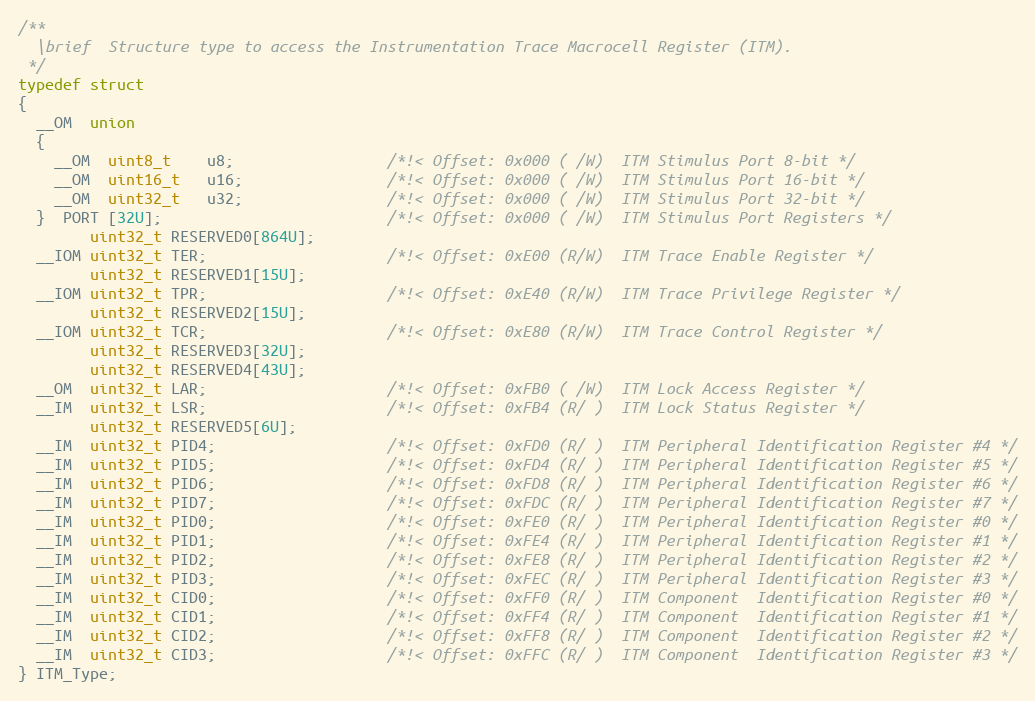
Language: C
/**
  \brief  Structure type to access the Instrumentation Trace Macrocell Register (ITM).
 */
typedef struct
{
  __OM  union
  {
    __OM  uint8_t    u8;                 /*!< Offset: 0x000 ( /W)  ITM Stimulus Port 8-bit */
    __OM  uint16_t   u16;                /*!< Offset: 0x000 ( /W)  ITM Stimulus Port 16-bit */
    __OM  uint32_t   u32;                /*!< Offset: 0x000 ( /W)  ITM Stimulus Port 32-bit */
  }  PORT [32U];                         /*!< Offset: 0x000 ( /W)  ITM Stimulus Port Registers */
        uint32_t RESERVED0[864U];
  __IOM uint32_t TER;                    /*!< Offset: 0xE00 (R/W)  ITM Trace Enable Register */
        uint32_t RESERVED1[15U];
  __IOM uint32_t TPR;                    /*!< Offset: 0xE40 (R/W)  ITM Trace Privilege Register */
        uint32_t RESERVED2[15U];
  __IOM uint32_t TCR;                    /*!< Offset: 0xE80 (R/W)  ITM Trace Control Register */
        uint32_t RESERVED3[32U];
        uint32_t RESERVED4[43U];
  __OM  uint32_t LAR;                    /*!< Offset: 0xFB0 ( /W)  ITM Lock Access Register */
  __IM  uint32_t LSR;                    /*!< Offset: 0xFB4 (R/ )  ITM Lock Status Register */
        uint32_t RESERVED5[6U];
  __IM  uint32_t PID4;                   /*!< Offset: 0xFD0 (R/ )  ITM Peripheral Identification Register #4 */
  __IM  uint32_t PID5;                   /*!< Offset: 0xFD4 (R/ )  ITM Peripheral Identification Register #5 */
  __IM  uint32_t PID6;                   /*!< Offset: 0xFD8 (R/ )  ITM Peripheral Identification Register #6 */
  __IM  uint32_t PID7;                   /*!< Offset: 0xFDC (R/ )  ITM Peripheral Identification Register #7 */
  __IM  uint32_t PID0;                   /*!< Offset: 0xFE0 (R/ )  ITM Peripheral Identification Register #0 */
  __IM  uint32_t PID1;                   /*!< Offset: 0xFE4 (R/ )  ITM Peripheral Identification Register #1 */
  __IM  uint32_t PID2;                   /*!< Offset: 0xFE8 (R/ )  ITM Peripheral Identification Register #2 */
  __IM  uint32_t PID3;                   /*!< Offset: 0xFEC (R/ )  ITM Peripheral Identification Register #3 */
  __IM  uint32_t CID0;                   /*!< Offset: 0xFF0 (R/ )  ITM Component  Identification Register #0 */
  __IM  uint32_t CID1;                   /*!< Offset: 0xFF4 (R/ )  ITM Component  Identification Register #1 */
  __IM  uint32_t CID2;                   /*!< Offset: 0xFF8 (R/ )  ITM Component  Identification Register #2 */
  __IM  uint32_t CID3;                   /*!< Offset: 0xFFC (R/ )  ITM Component  Identification Register #3 */
} ITM_Type;